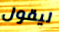
ليقول